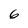
Character: 6